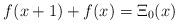
LaTeX: \begin{align*}f(x+1)+f(x)=\Xi_{0}(x)\end{align*}